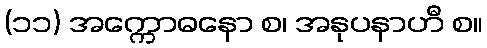
(၁၁) အက္ကောဓနော စ၊ အနုပနာဟီ စ။